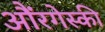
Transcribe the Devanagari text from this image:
औंरगेस्की